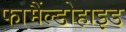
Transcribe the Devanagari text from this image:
फामैंल्डोहाइड